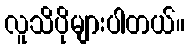
လူသိပိုများပါတယ်။